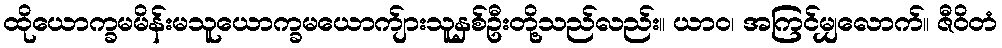
ထိုယောက္ခမမိန်းမသူယောက္ခမယောက်ျားသူနှစ်ဦးတို့သည်လည်း။ ယာဝ၊ အကြင်မျှလောက်။ ဇီဝိတံ